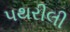
પથરીલી